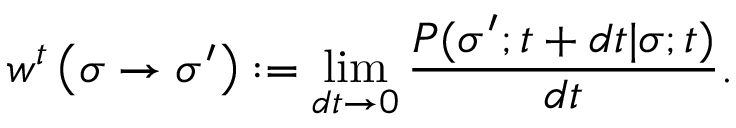
w ^ { t } \left( \boldsymbol { \sigma } \rightarrow \boldsymbol { \sigma ^ { \prime } } \right) : = \operatorname* { l i m } _ { d t \rightarrow 0 } \frac { P ( \boldsymbol { \sigma ^ { \prime } } ; t + d t | \boldsymbol { \sigma } ; t ) } { d t } .